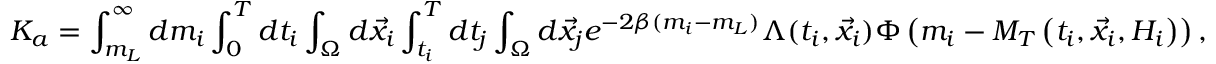
K _ { a } = \int _ { m _ { L } } ^ { \infty } d m _ { i } \int _ { 0 } ^ { T } d t _ { i } \int _ { \Omega } d \vec { x } _ { i } \int _ { t _ { i } } ^ { T } d t _ { j } \int _ { \Omega } d \vec { x } _ { j } e ^ { - 2 \beta ( m _ { i } - m _ { L } ) } \Lambda ( t _ { i } , \vec { x } _ { i } ) \Phi \left( m _ { i } - M _ { T } \left( t _ { i } , \vec { x } _ { i } , { \cal H } _ { i } \right) \right) ,